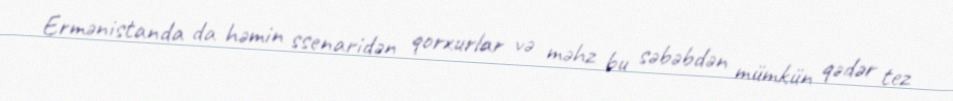
Ermənistanda da həmin ssenaridən qorxurlar və məhz bu səbəbdən mümkün qədər tez